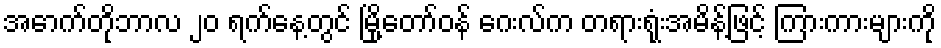
အောက်တိုဘာလ ၂၀ ရက်နေ့တွင် မြို့တော်ဝန် ဂေးလ်က တရားရုံးအမိန့်ဖြင့် ကြားကားများကို